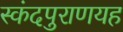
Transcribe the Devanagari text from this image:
स्कंदपुराणयह